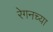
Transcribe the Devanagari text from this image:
रेगनच्या